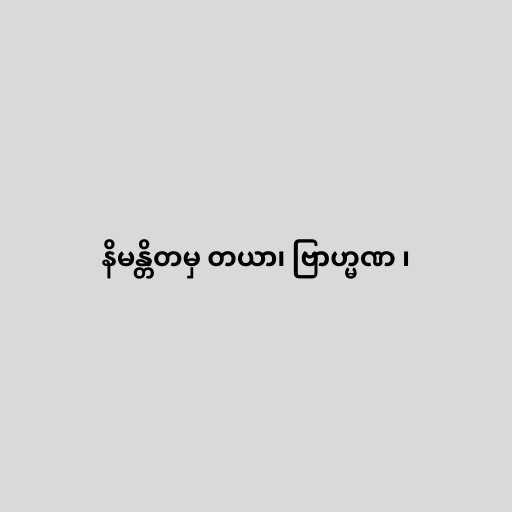
နိမန္တိတမှ တယာ၊ ဗြာဟ္မဏ ၊